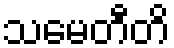
သမေတီတိ